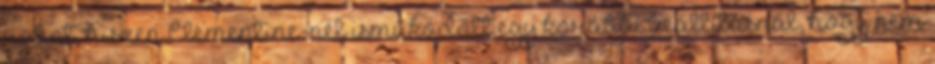
robot, hiszen Clementine-nél isműködött egy korábbi beállításnál, hogy nem